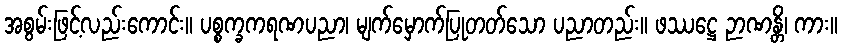
အစွမ်းဖြင့်လည်းကောင်း။ ပစ္စက္ခကရဏပညာ၊ မျက်မှောက်ပြုတတ်သော ပညာတည်း။ ဖဿဋ္ဌေ ဉာဏန္တိ၊ ကား။